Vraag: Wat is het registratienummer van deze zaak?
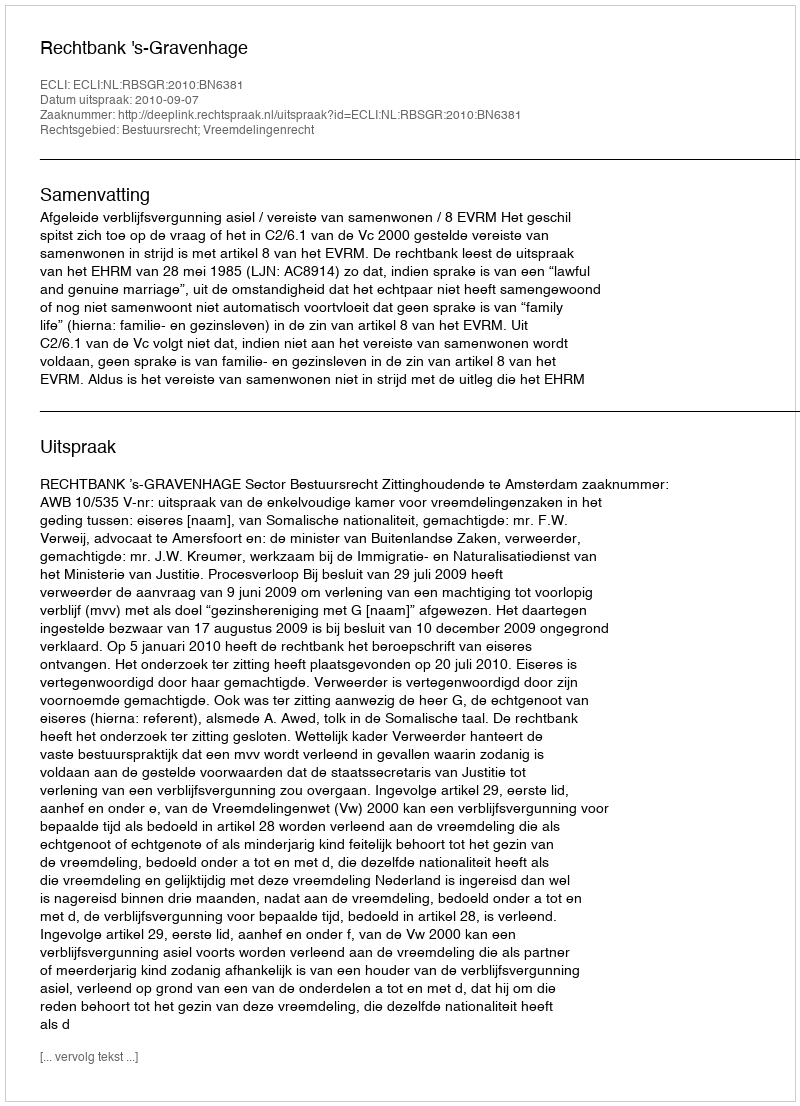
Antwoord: http://deeplink.rechtspraak.nl/uitspraak?id=ECLI:NL:RBSGR:2010:BN6381